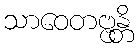
သာဝေတဗ္ဗန္တိ